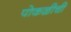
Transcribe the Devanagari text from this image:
पोकळीची